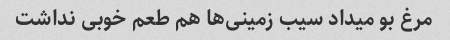
مرغ بو میداد سیب زمینی‌ها هم طعم خوبی نداشت